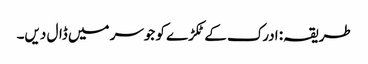
طریقہ: ادرک کے ٹکڑے کو جوسر میں ڈال دیں۔